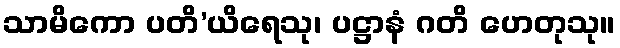
သာမိကော ပတိ’ယိရေသု၊ ပဋ္ဌာနံ ဂတိ ဟေတုသု။